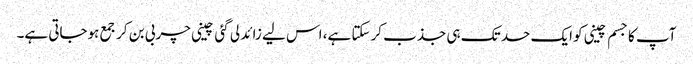
آپ کا جسم چینی کو ایک حد تک ہی جذب کرسکتا ہے، اس لیے زائد لی گئی چینی چربی بن کر جمع ہوجاتی ہے۔